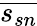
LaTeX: \overline{{s_{sn}}}